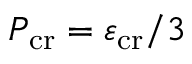
P _ { \mathrm { c r } } = \varepsilon _ { \mathrm { c r } } / 3